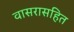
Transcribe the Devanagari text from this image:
वासरासहित